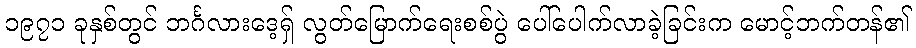
၁၉၇၁ ခုနှစ်တွင် ဘင်္ဂလားဒေ့ရှ် လွတ်မြောက်ရေးစစ်ပွဲ ပေါ်ပေါက်လာခဲ့ခြင်းက မောင့်ဘက်တန်၏